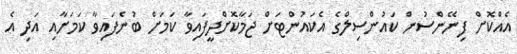
އެއްކޮށް ފިނޭންސުން ކައުންސިލްގެ އެކައުންޓަށް ޖަމާކޮށްދީފައިވާ ކަމަށް ބުނެފައިވާ ކަމަށާއި އަދި އެ